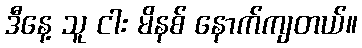
ဒီနေ့ သူ ငါး မိနစ် နောက်ကျတယ်။